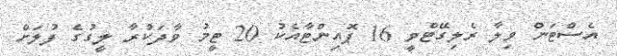
އެސްޓަން ވިލާ ރެލިގޭޓްވީ 16 ޕޮއިންޓާއެކު 20 ޓީމު ވާދަކުރާ ލީގުގެ ފުލަށް